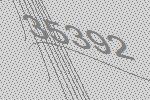
35392